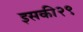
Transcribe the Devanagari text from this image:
इसकी२९